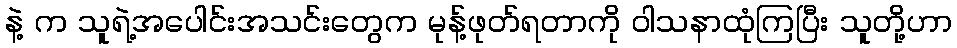
နဲ့ က သူရဲ့အပေါင်းအသင်းတွေက မုန့်ဖုတ်ရတာကို ဝါသနာထုံကြပြီး သူတို့ဟာ